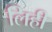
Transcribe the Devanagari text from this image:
लिही